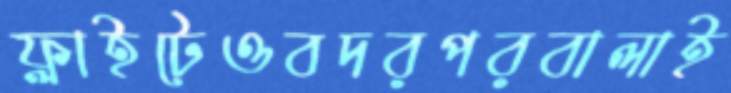
ফ্লাইটেওবদরপরবালাই